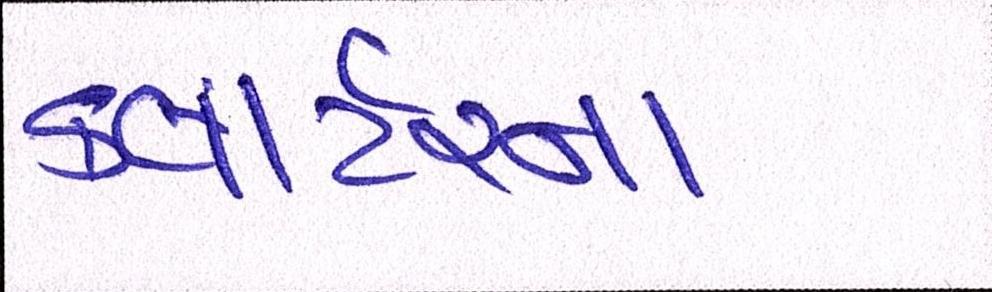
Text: કવાર્ટરના